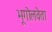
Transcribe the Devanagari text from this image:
भूगोलवेता